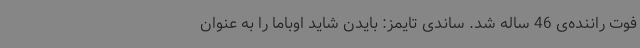
فوت راننده‌ی 46 ساله شد. ساندی تایمز: بایدن شاید اوباما را به عنوان